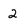
Character: 2